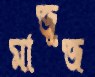
মাজুজ